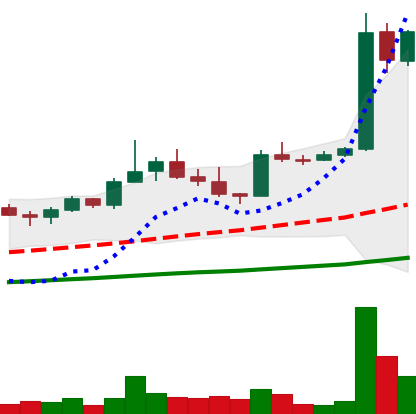
Ticker: TRX-USD
Chart end date: 2021-04-02
Forward return: 19.157%
Label: up_7plus